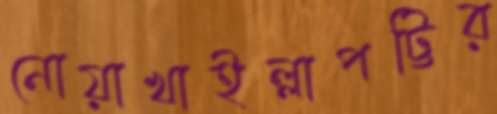
নোয়াখাইল্লাপট্টির